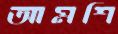
আমশি